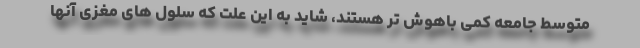
متوسط جامعه کمی باهوش تر هستند، شاید به این علت که سلول های مغزی آنها